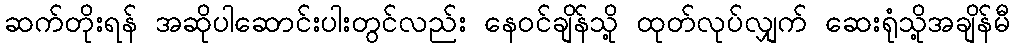
ဆက်တိုးရန် အဆိုပါဆောင်းပါးတွင်လည်း နေဝင်ချိန်သို့ ထုတ်လုပ်လျှက် ဆေးရုံသို့အချိန်မီ